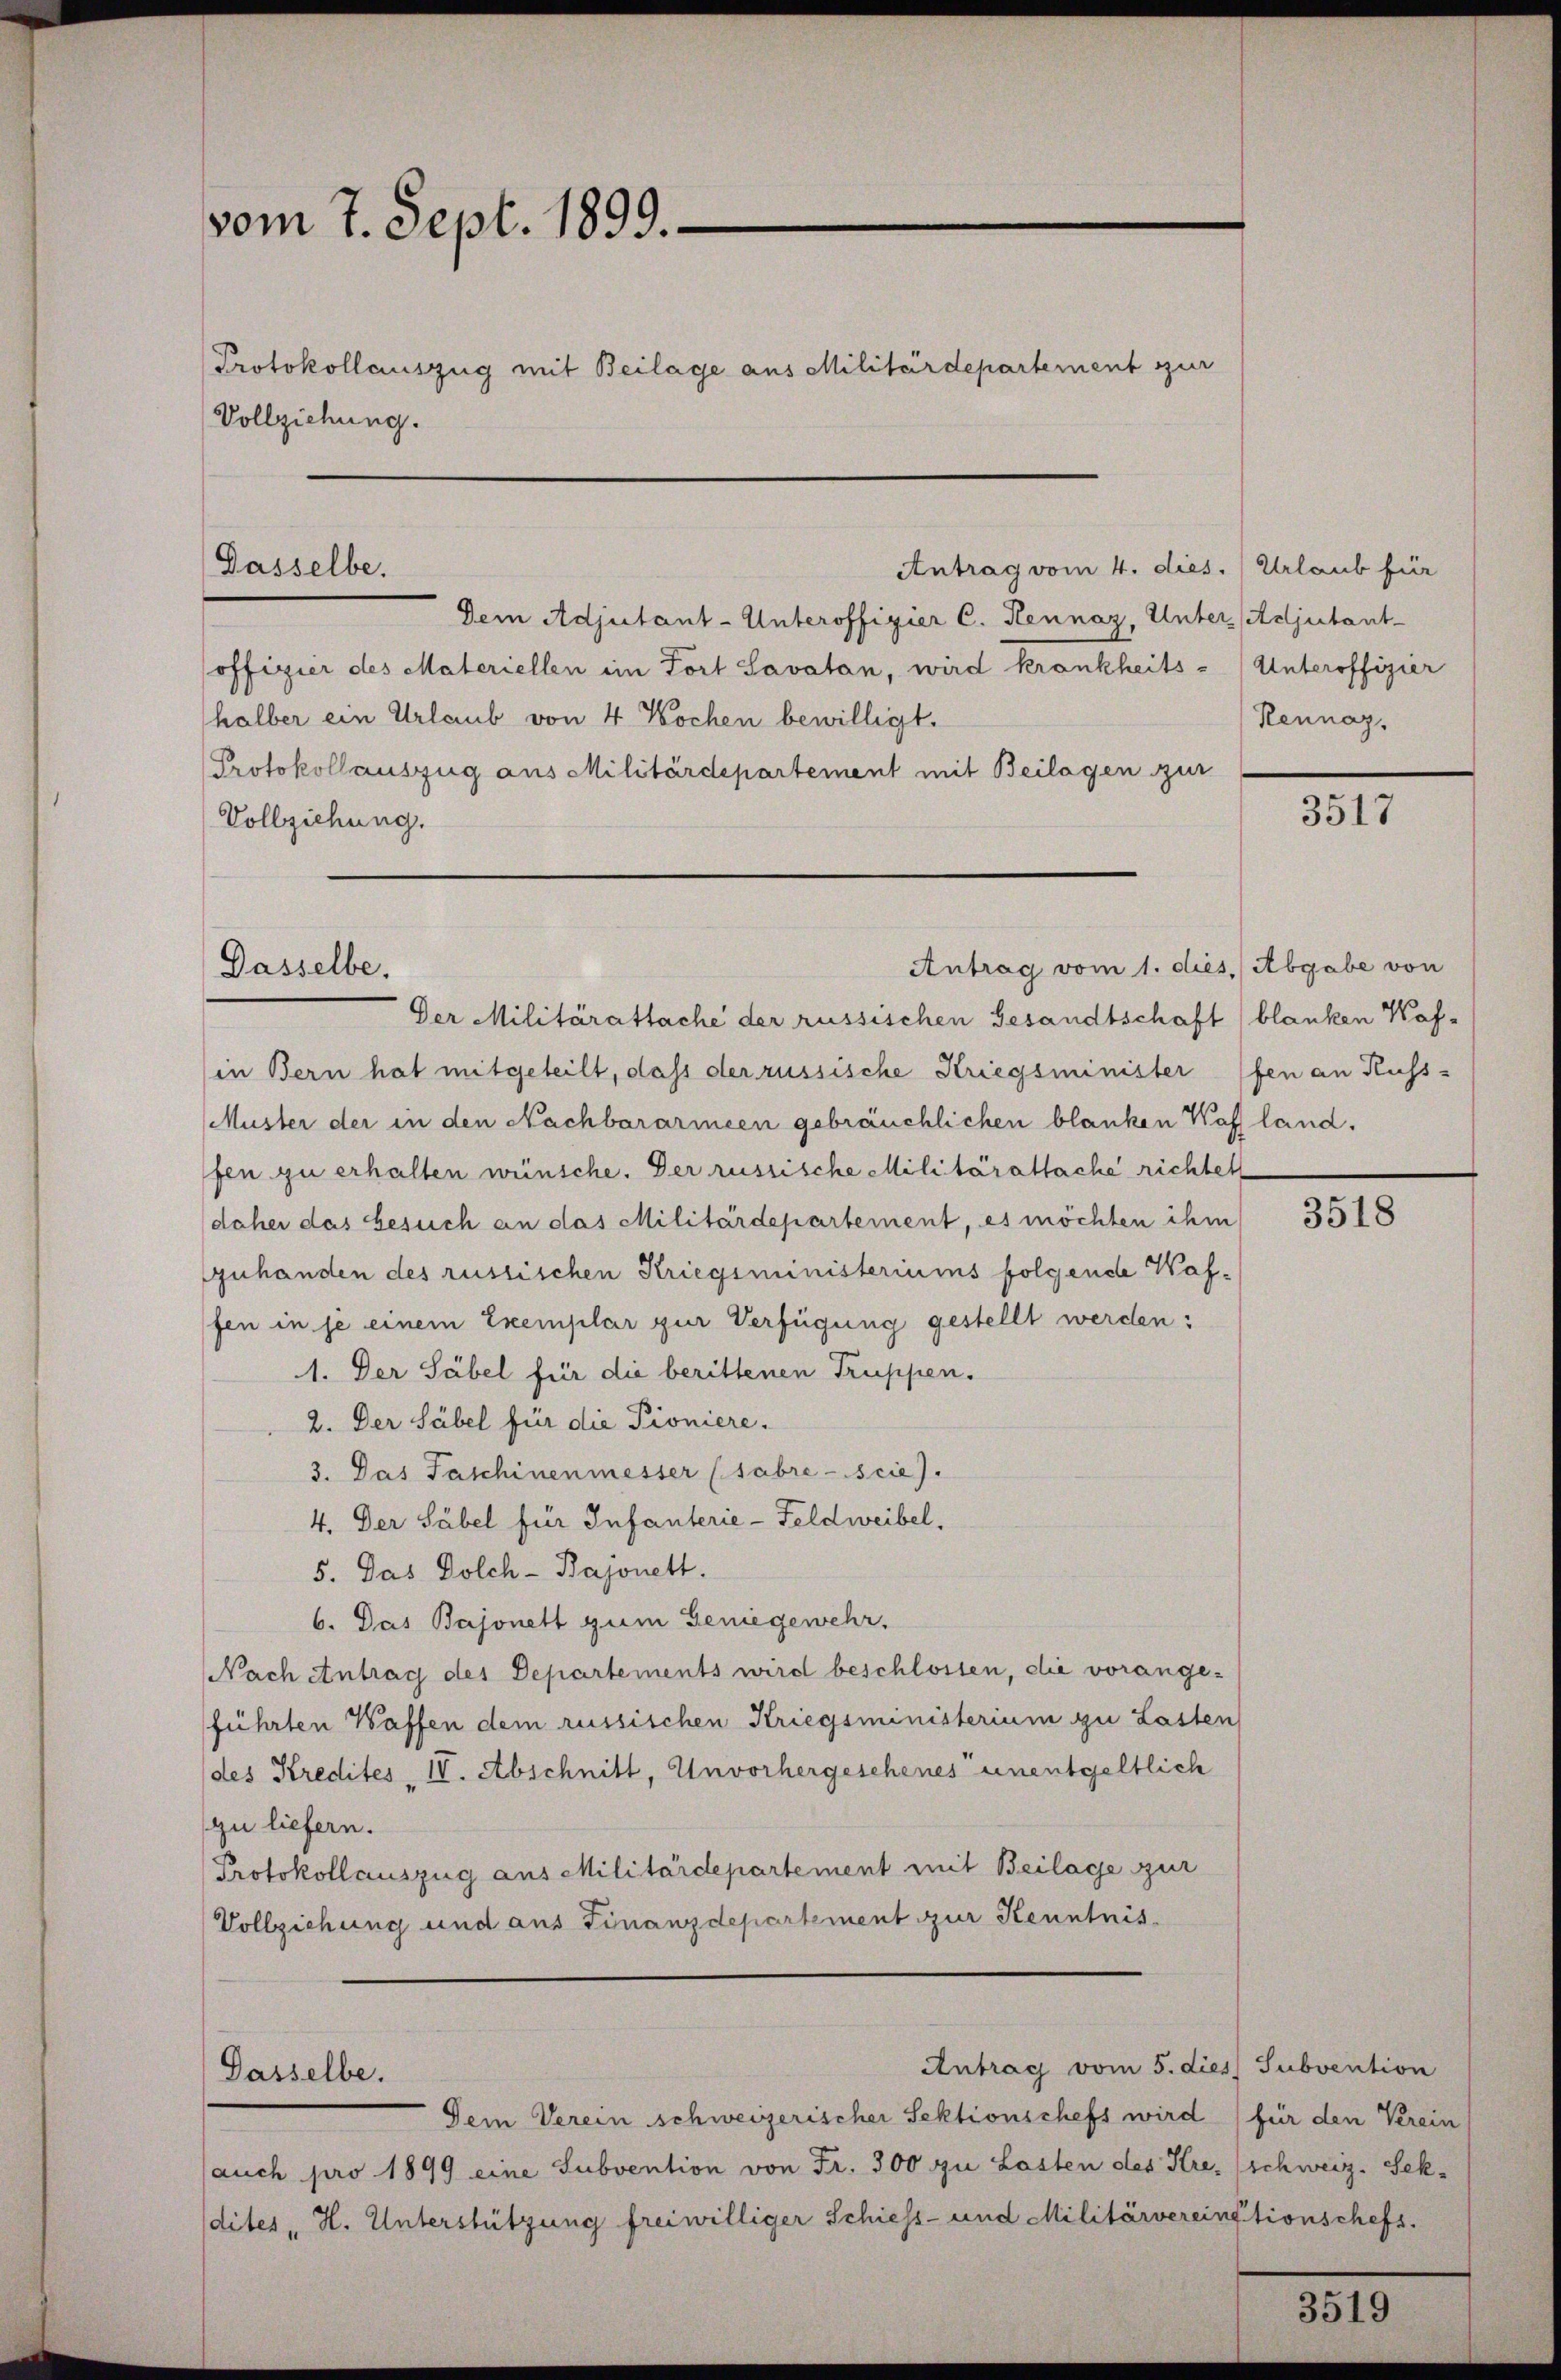
—
vom 7. Sept. 1899.
Protokollauszug mit Beilage aus Militärdepartement zur
Vollziehung.

Dasselbe.

Dasselbe.

Dasselbe.

Antrag vom 4. dies. / Urlaub für
Dem Adjutant-Unteroffizier C. Hennaz, Unter Adjutantoffizier des Materiellen im Fort Savatan, wird krankheits - Unteroffizier
halber ein Urlaub von 4 Wochen bewilligt.
Protokollauszug aus Militärdepartement mit Beilagen zur
Vollziehung.

Antrag vom 1. dies. Abgabe von

Antrag vom 5. dies Subvention

Dein Verein schweizerischer Sektionschefs wird für den Verein
auch pro 1899 eine Subvention von Fr. 300 zu Lasten des Kre. (schweiz. Sekdites H. Unterstützung freiwilliger Schiess- und Militärvereinstionschefs.

Keunaz.

Der Militärattache der russischen Gesandtschaft (blanken Kaf
in Bern hat mitgeteilt, daß der russische Kriegsminister (fen an Kuss-
Muster der in den Nachbararmeen gebräuchlichen blanken Kaff land.
fen zu erhalten wünsche. Der russische Militärattache richtet
daher das Gesuch an das Militärdepartement, es möchten ihm
zuhanden des russischen Kriegsministeriums folgende Waffen in je einem Exemplar zur Verfügung gestellt werden:
1. Der Säbel für die berittenen Truppen.
2. Der Säbel für die Pioniere.
3. Das Taschinenmesser (sabre-cie).
4. Der Säbel für Infanterie - Feldweibel,
5. Das Dolch-Bajonett.
6. Das Bajonett gum Geniegewehr,
Nach Antrag des Departements wird beschlossen, die vorangeführten Waffen dem russischen Kriegsministerium zu Lasten
des Kredites IV. Abschnitt, Unvorhergeschenes unentgeltlich
zu liefern.
Protokollauszug aus Militärdepartement mit Beilage zur
Vollziehung und aus Finanzdepartement zur Kenntnis¬

3517

3518

3519